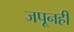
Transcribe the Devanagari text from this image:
जपूनही